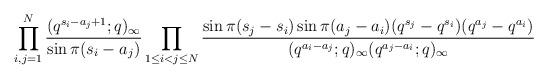
LaTeX: \begin{align*}\prod_{i,j=1}^N\frac{(q^{s_i-a_j+1};q)_{\infty}}{\sin\pi(s_i-a_j)}\prod_{1\le i<j\le N}\frac{\sin\pi(s_j-s_i)\sin\pi(a_j-a_i)(q^{s_j}-q^{s_i})(q^{a_j}-q^{a_i})}{(q^{a_i-a_j};q)_{\infty}(q^{a_j-a_i};q)_{\infty}}\end{align*}